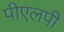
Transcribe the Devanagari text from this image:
पीएलपी